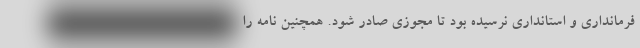
فرمانداری و استانداری نرسیده بود تا مجوزی صادر شود. همچنین نامه را